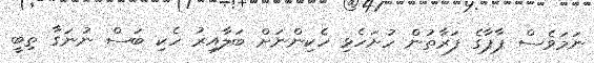
ނަމަވެސް ޕާޕާގެ ފަރާތުން ހުށަހެޅި ހެކިންނަށް ބަލާއިރު ހެކި ބަސް ނުނަގާ ތިބީ